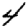
Digit: 4